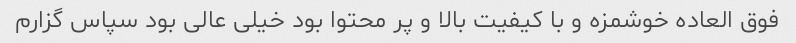
فوق العاده خوشمزه و با کیفیت بالا و پر محتوا بود خیلی عالی بود سپاس گزارم